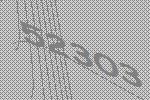
52303